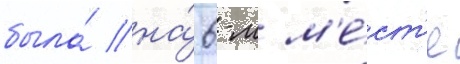
была́ на́ 6-м м'е́ст'е